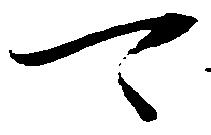
可